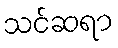
သင်ဆရာ